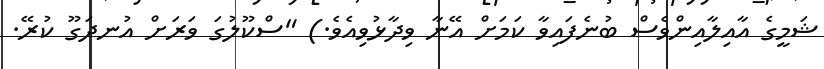
ޝަމީގެ އާއިލާއިންވެސް ބުނެފައިވާ ކަމަށް އޭނާ ވިދާޅުވިއެވެ.) "ސްކޫލުގަ ވަރަށް އުނދަގޫ ކުރޭ.